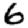
Digit: 6